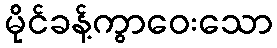
မိုင်ခန့်ကွာဝေးသော